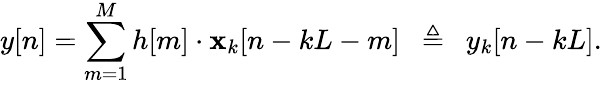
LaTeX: y[n]=\sum_{m=1}^{M}h[m]\cdot\mathbf{x}_{k}[n-kL-m]\ \ \triangleq\ \ y_{k}[n-kL].